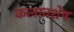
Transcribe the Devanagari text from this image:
कलावशेष